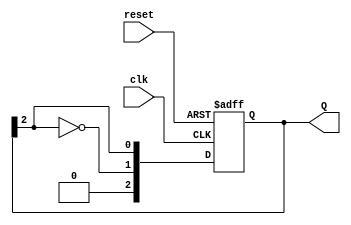
module johnson_counter #(parameter N = 3) (
    input wire clk,        // Clock signal
    input wire reset,      // Asynchronous reset signal
    output reg [N-1:0] Q   // Output state of the counter
);

// Internal signal for feeding back the inverted output of the last flip-flop
wire feedback;

// Feedback logic (inverted output of the last flip-flop)
assign feedback = ~Q[N-1];

// Sequential logic to update the counter
always @(posedge clk or posedge reset) begin
    if (reset) begin
        Q <= {N{1'b0}}; // Reset all flip-flops to 0
    end else begin 
        Q <= {feedback, Q[N-1:N-1]}; // Shift left and insert feedback
    end
end

endmodule